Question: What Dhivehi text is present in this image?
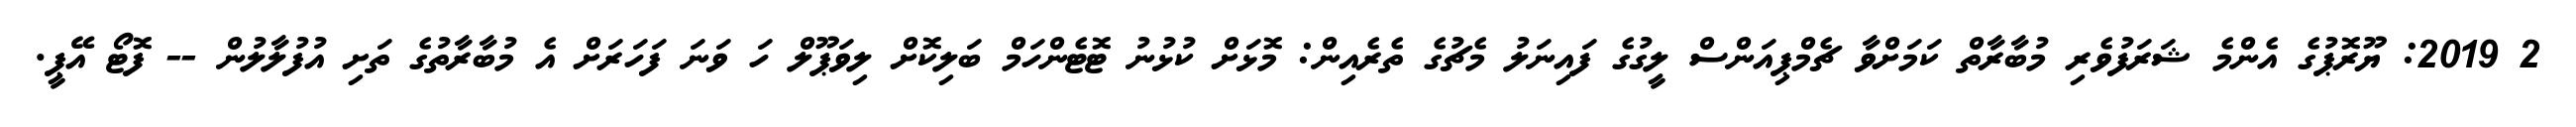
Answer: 2 2019: ޔޫރޮޕުގެ އެންމެ ޝަރަފުވެރި މުބާރާތް ކަމަށްވާ ޗެމްޕިއަންސް ލީގުގެ ފައިނަލު މެޗުގެ ތެރެއިން: މޮޅަށް ކުޅުނު ޓޮޓެންހަމް ބަލިކޮށް ލިވަޕޫލް ހަ ވަނަ ފަހަރަށް އެ މުބާރާތުގެ ތަށި އުފުލާލުން -- ފޮޓޯ އޭޕީ.